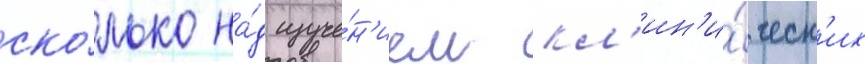
ско́лько на́д изуче́н'ием кл'ин'и́ческ'их